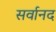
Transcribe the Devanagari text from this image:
सर्वानद